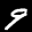
Label: 9